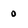
Character: 0